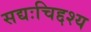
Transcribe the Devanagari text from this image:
सद्यःचिद्दश्य